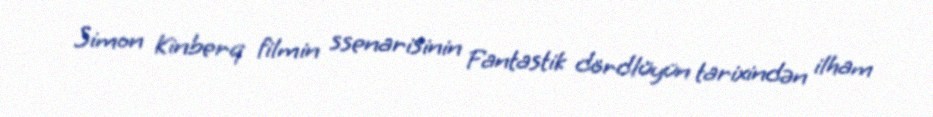
Simon Kinberq filmin ssenarisinin Fantastik dördlüyün tarixindən ilham